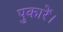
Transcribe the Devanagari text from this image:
पुकारें।